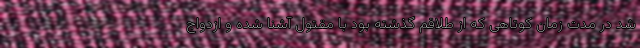
شد در مدت زمان کوتاهی که از طلاقم گذشته بود با مقتول آشنا شده و ازدواج